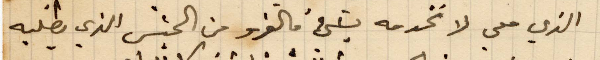
الذي معي لا تخدمه بشيء فالفرو من الجنس الذي يطلبه